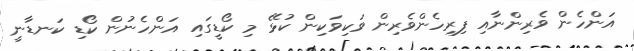
އަންހެން ވެރިންނާއި ފިރިހެންވެރިން ވަކިވަކިން ކުޅޭ މި ކޯޑީގައި އަންހެނުން ކޯޑި ކަނޑާނީ